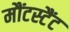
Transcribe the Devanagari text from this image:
मौंटस्टैंट